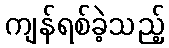
ကျန်ရစ်ခဲ့သည့်